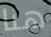
هنا